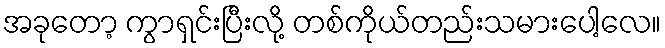
အခုတော့ ကွာရှင်းပြီးလို့ တစ်ကိုယ်တည်းသမားပေါ့လေ။